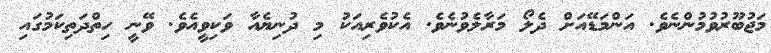
މަޖުބޫރުވުމުންނެވެ. އަންމަޑޭއަށް ދެލޯ މަރާލެވުނެވެ. އެކުވެރިއަކު މި ދުނިޔެއާ ވަކިވީއެވެ. ވޭނީ ހިތްދަތިކަމުގައި